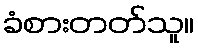
ခံစားတတ်သူ။